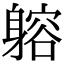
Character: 𨉷